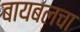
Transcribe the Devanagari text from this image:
बायबलचा